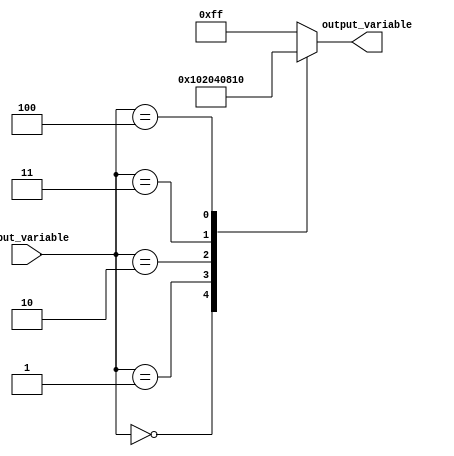
module case_block (
    input [3:0] input_variable,
    output reg [7:0] output_variable
);

always @(*) begin
    case(input_variable)
        4'd0: output_variable = 8'b00000001;
        4'd1: output_variable = 8'b00000010;
        4'd2: output_variable = 8'b00000100;
        4'd3: output_variable = 8'b00001000;
        4'd4: output_variable = 8'b00010000;
        default: output_variable = 8'b11111111;
    endcase
end

endmodule